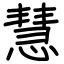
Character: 慧